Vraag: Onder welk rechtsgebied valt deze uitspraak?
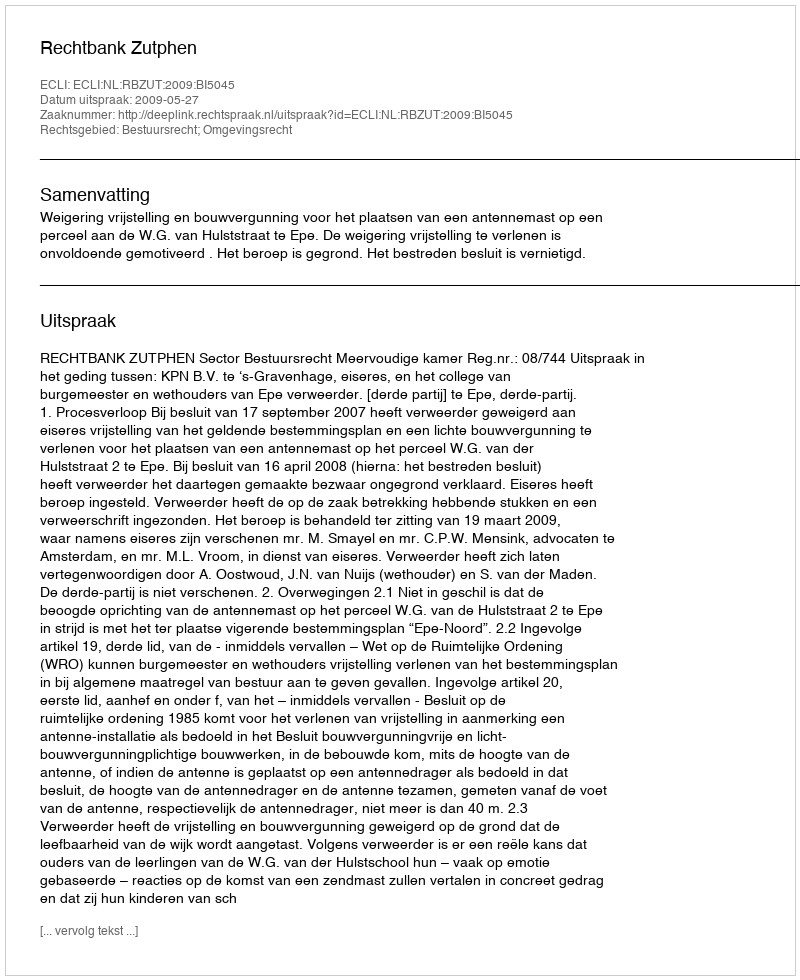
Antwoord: Bestuursrecht; Omgevingsrecht